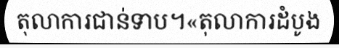
តុលាការជាន់ទាប។«តុលាការដំបូង